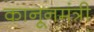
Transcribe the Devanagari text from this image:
कानूनमंत्री